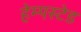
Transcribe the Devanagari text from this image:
हेम्पस्टेड